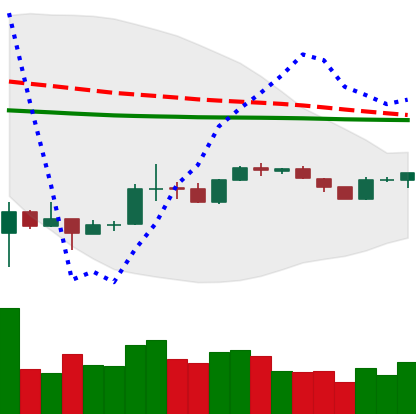
Ticker: BTC-USD
Chart end date: 2020-04-01
Forward return: 10.066%
Label: up_7plus